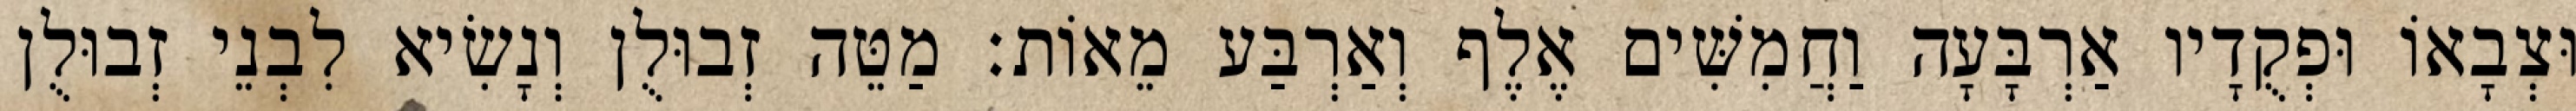
וּצְבָאוֹ וּפְקֻדָיו אַרְבָּעָה וַחֲמִשִּׁים אֶלֶף וְאַרְבַּע מֵאוֹת׃ מַטֵּה זְבוּלֻן וְנָשִׂיא לִבְנֵי זְבוּלֻן